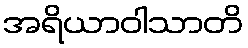
အရိယာဝါသာတိ